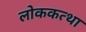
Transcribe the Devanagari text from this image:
लोककत्था